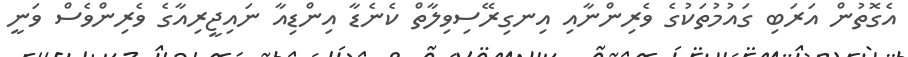
އެގޮތުން އަރަބި ގައުމުތަކުގެ ވެރިންނާއި އިނގިރޭސިވިލާތް ކެނެޑާ އިންޑިއާ ނައިޖީރިއާގެ ވެރިންވެސް ވަނީ